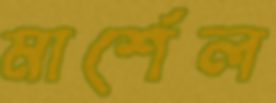
মার্শেল